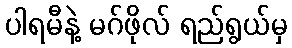
ပါရမီနဲ့ မဂ်ဖိုလ် ရည်ရွယ်မှ